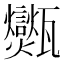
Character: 𤮶